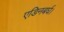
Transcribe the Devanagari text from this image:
एडिनबर्घ।